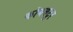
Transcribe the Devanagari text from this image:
कोयबंटूर